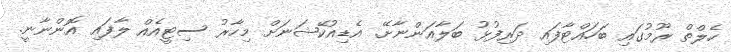
ހެލްތް ރޫމުގައި ބަހައްޓާފައި ދަރިފުޅު ބަލާއަންނާށޭ. އެޑިއުކޭޝަނަށް މިހާރު ސިޓީއެއް ލާފައި އޮންނާނީ.